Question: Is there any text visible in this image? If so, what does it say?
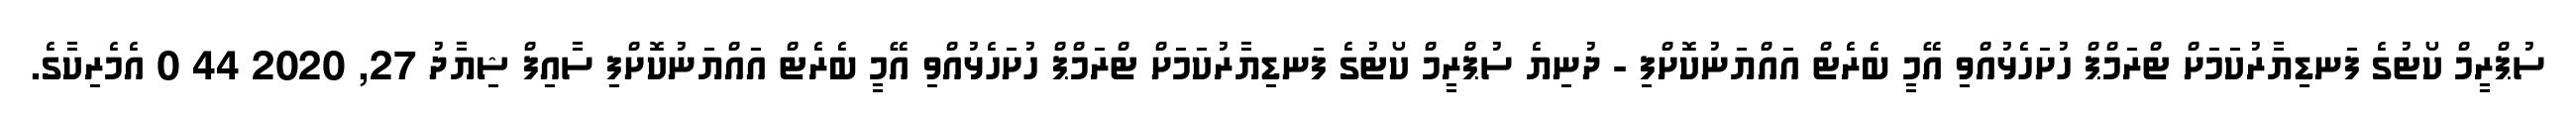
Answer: ސުޕްރީމް ކޯޓުގެ ފަނޑިޔާރުކަމަށް ޓްރަމްޕް ހުށަހެޅުއްވި އޭމީ ބެރެޓް އައްޔަނުކޮށްފި - ދުނިޔެ ސުޕްރީމް ކޯޓުގެ ފަނޑިޔާރުކަމަށް ޓްރަމްޕް ހުށަހެޅުއްވި އޭމީ ބެރެޓް އައްޔަނުކޮށްފި ސާއިފް ޝިޔާދު 27, 2020 44 0 އެމެރިކާގެ.